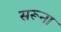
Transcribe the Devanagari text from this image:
सरूना